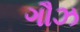
ગૌઝ